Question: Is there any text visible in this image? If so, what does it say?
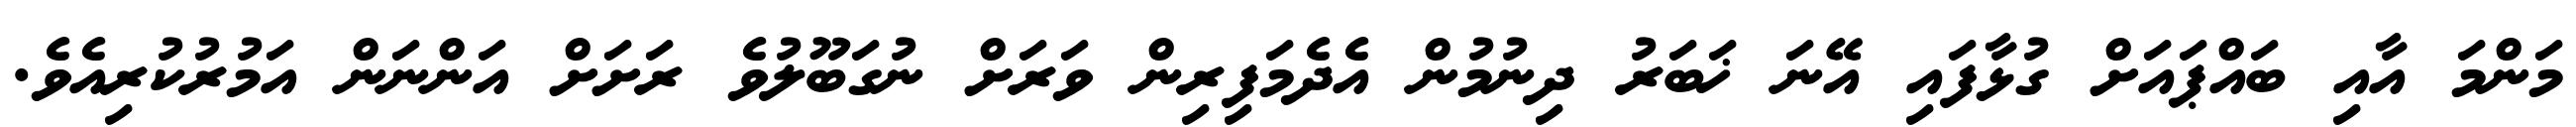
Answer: މަންމަ އާއި ބައްޕައަށް ގުޅާފައި އޭނަ ޚަބަރު ދިނުމުން އެދެމަފިރިން ވަރަށް ނުގަބޫލުވެ ރަށަށް އަންނަން އަމުރުކުރިއެވެ.